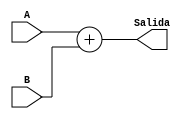
module add(
    input [3:0] A, B,
    output [3:0] Salida
);

assign Salida = A + B;

endmodule